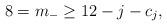
LaTeX: \begin{align*}8=m_{-}\geq 12-j-c_j,\end{align*}